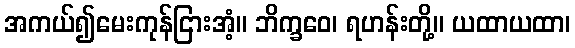
အကယ်၍မေးကုန်ငြားအံ့။ ဘိက္ခဝေ၊ ရဟန်းတို့။ ယထာယထာ၊